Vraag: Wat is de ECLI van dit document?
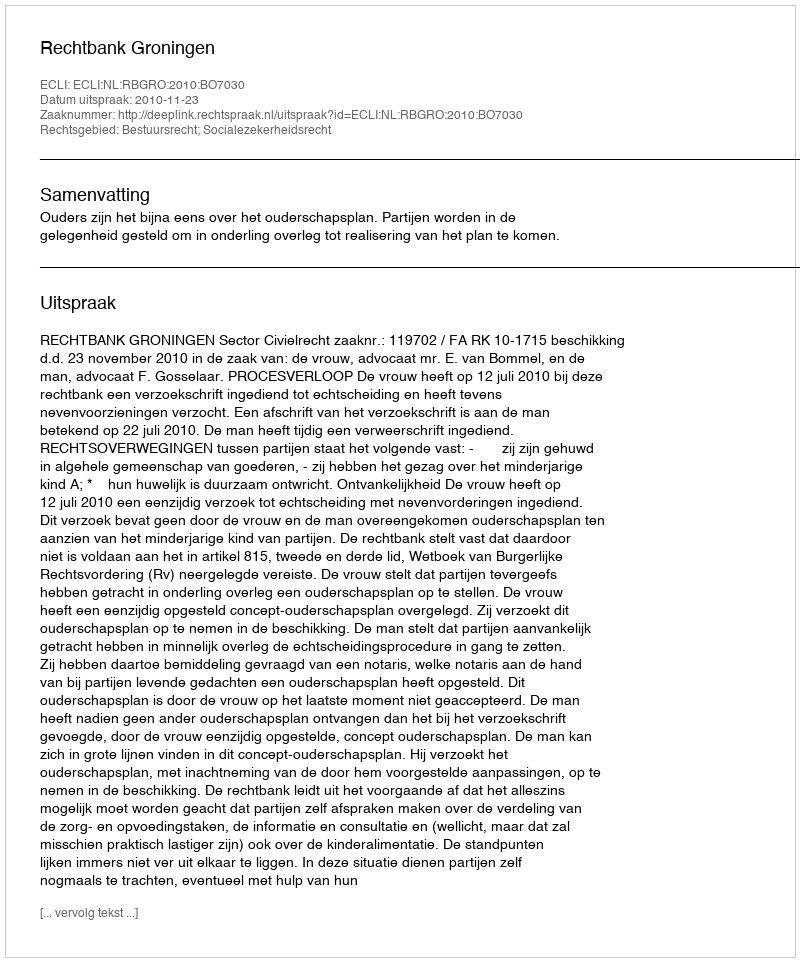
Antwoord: ECLI:NL:RBGRO:2010:BO7030